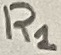
Text: R1